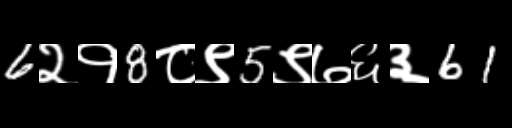
Text: 6२१8८९5९७६३61